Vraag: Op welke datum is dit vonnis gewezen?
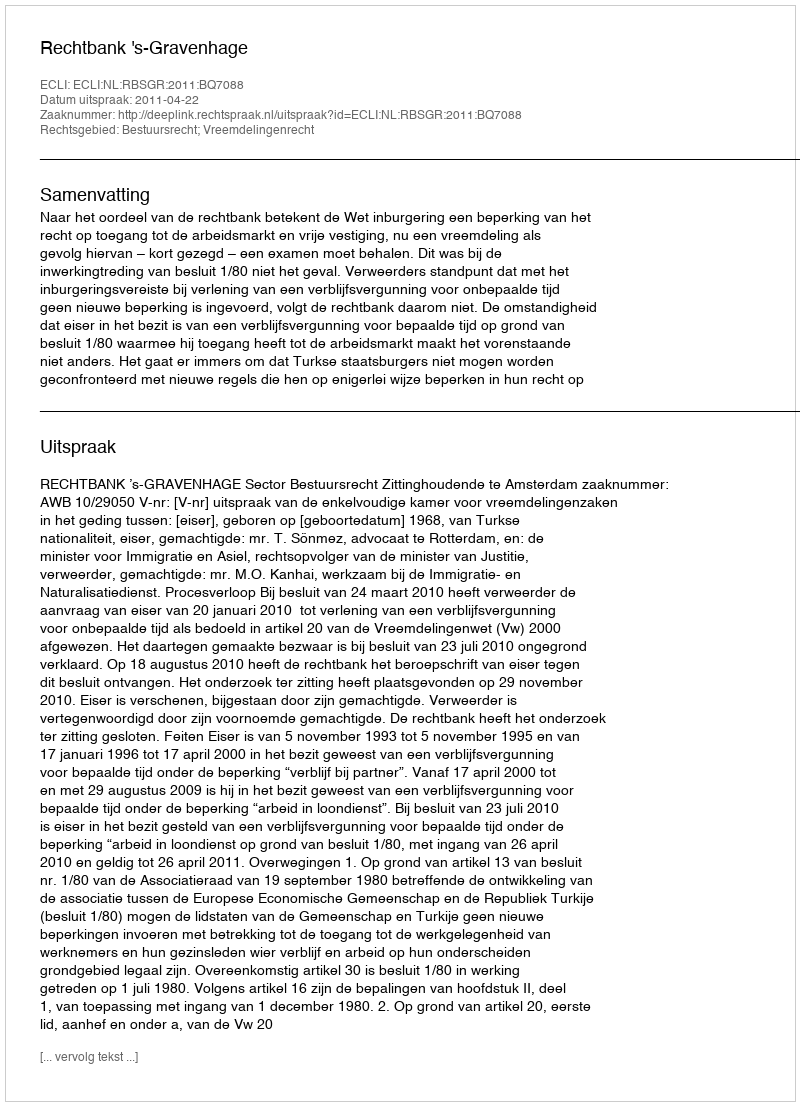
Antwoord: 2011-04-22